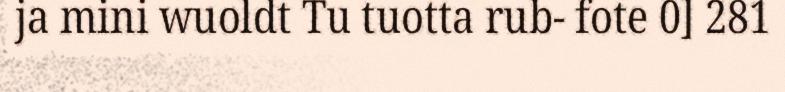
ja mini wuoldt Tu tuotta rub- fote 0] 281